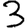
Digit: 3